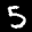
Label: 5